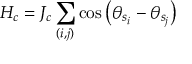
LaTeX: H _ { c } = J _ { c } \sum _ { ( i , j ) } \cos \left( \theta _ { s _ { i } } - \theta _ { s _ { j } } \right)